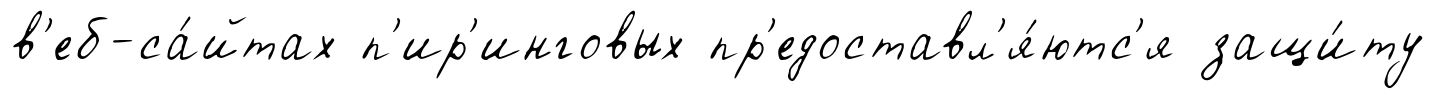
в'еб-са́йтах п'ир'инговых пр'едоставл'я́ютс'я защи́ту